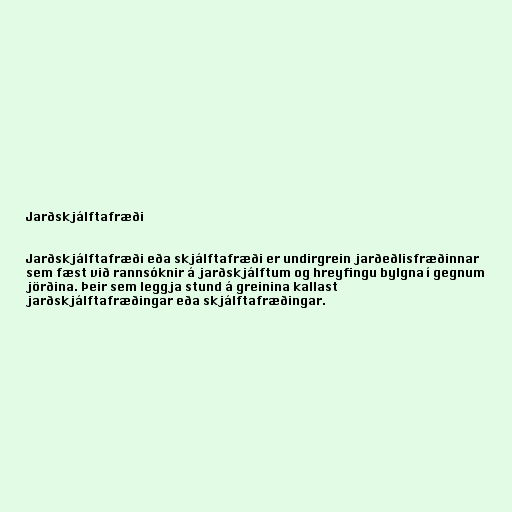
Jarðskjálftafræði

Jarðskjálftafræði eða skjálftafræði er undirgrein jarðeðlisfræðinnar
sem fæst við rannsóknir á jarðskjálftum og hreyfingu bylgna í gegnum
jörðina. Þeir sem leggja stund á greinina kallast
jarðskjálftafræðingar eða skjálftafræðingar.